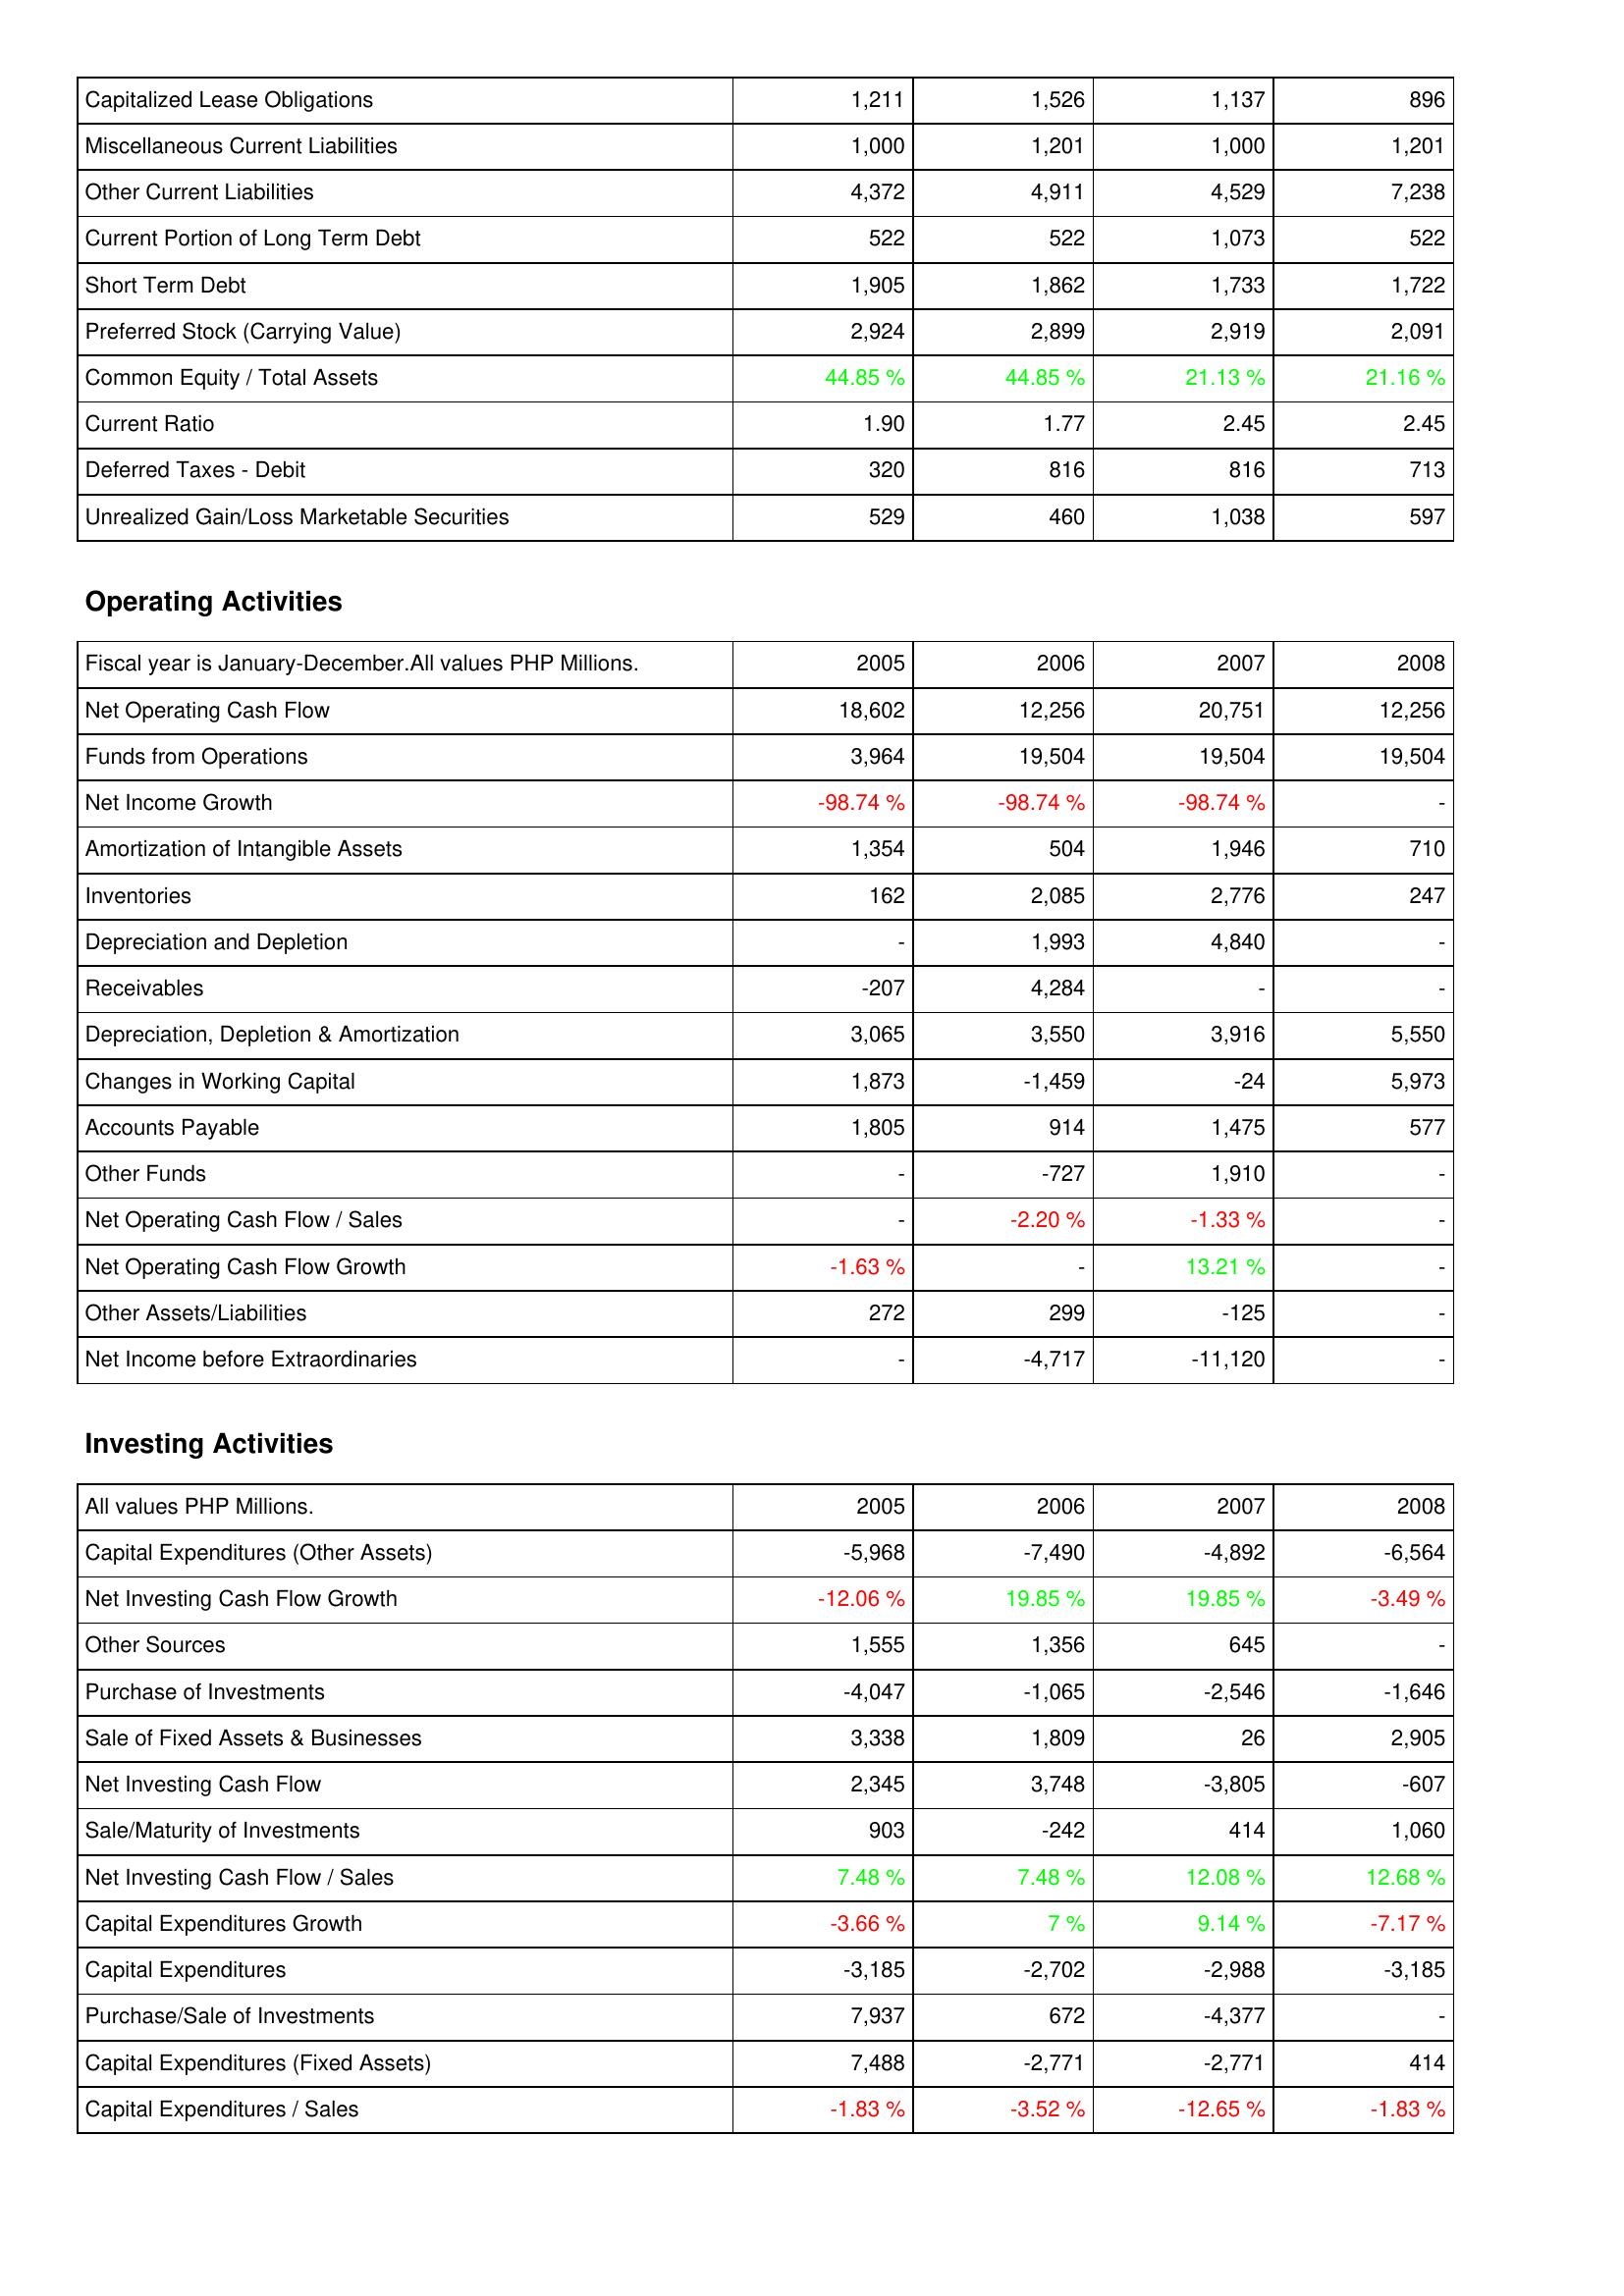
2005: Liabilities & Shareholders' Equity: Capitalized Lease Obligations: 1,211
Miscellaneous Current Liabilities: 1,000
Other Current Liabilities: 4,372
Current Portion of Long Term Debt: 522
Short Term Debt: 1,905
Preferred Stock (Carrying Value): 2,924
Common Equity / Total Assets: 44.85 %
Current Ratio: 1.90
Deferred Taxes - Debit: 320
Unrealized Gain/Loss Marketable Securities: 529
Operating Activities: Net Operating Cash Flow: 18,602
Funds from Operations: 3,964
Net Income Growth: -98.74 %
Amortization of Intangible Assets: 1,354
Inventories: 162
Depreciation and Depletion: -
Receivables: -207
Depreciation, Depletion & Amortization: 3,065
Changes in Working Capital: 1,873
Accounts Payable: 1,805
Other Funds: -
Net Operating Cash Flow / Sales: -
Net Operating Cash Flow Growth: -1.63 %
Other Assets/Liabilities: 272
Net Income before Extraordinaries: -
Investing Activities: Capital Expenditures (Other Assets): -5,968
Net Investing Cash Flow Growth: -12.06 %
Other Sources: 1,555
Purchase of Investments: -4,047
Sale of Fixed Assets & Businesses: 3,338
Net Investing Cash Flow: 2,345
Sale/Maturity of Investments: 903
Net Investing Cash Flow / Sales: 7.48 %
Capital Expenditures Growth: -3.66 %
Capital Expenditures: -3,185
Purchase/Sale of Investments: 7,937
Capital Expenditures (Fixed Assets): 7,488
Capital Expenditures / Sales: -1.83 %
2006: Liabilities & Shareholders' Equity: Capitalized Lease Obligations: 1,526
Miscellaneous Current Liabilities: 1,201
Other Current Liabilities: 4,911
Current Portion of Long Term Debt: 522
Short Term Debt: 1,862
Preferred Stock (Carrying Value): 2,899
Common Equity / Total Assets: 44.85 %
Current Ratio: 1.77
Deferred Taxes - Debit: 816
Unrealized Gain/Loss Marketable Securities: 460
Operating Activities: Net Operating Cash Flow: 12,256
Funds from Operations: 19,504
Net Income Growth: -98.74 %
Amortization of Intangible Assets: 504
Inventories: 2,085
Depreciation and Depletion: 1,993
Receivables: 4,284
Depreciation, Depletion & Amortization: 3,550
Changes in Working Capital: -1,459
Accounts Payable: 914
Other Funds: -727
Net Operating Cash Flow / Sales: -2.20 %
Net Operating Cash Flow Growth: -
Other Assets/Liabilities: 299
Net Income before Extraordinaries: -4,717
Investing Activities: Capital Expenditures (Other Assets): -7,490
Net Investing Cash Flow Growth: 19.85 %
Other Sources: 1,356
Purchase of Investments: -1,065
Sale of Fixed Assets & Businesses: 1,809
Net Investing Cash Flow: 3,748
Sale/Maturity of Investments: -242
Net Investing Cash Flow / Sales: 7.48 %
Capital Expenditures Growth: 7 %
Capital Expenditures: -2,702
Purchase/Sale of Investments: 672
Capital Expenditures (Fixed Assets): -2,771
Capital Expenditures / Sales: -3.52 %
2007: Liabilities & Shareholders' Equity: Capitalized Lease Obligations: 1,137
Miscellaneous Current Liabilities: 1,000
Other Current Liabilities: 4,529
Current Portion of Long Term Debt: 1,073
Short Term Debt: 1,733
Preferred Stock (Carrying Value): 2,919
Common Equity / Total Assets: 21.13 %
Current Ratio: 2.45
Deferred Taxes - Debit: 816
Unrealized Gain/Loss Marketable Securities: 1,038
Operating Activities: Net Operating Cash Flow: 20,751
Funds from Operations: 19,504
Net Income Growth: -98.74 %
Amortization of Intangible Assets: 1,946
Inventories: 2,776
Depreciation and Depletion: 4,840
Receivables: -
Depreciation, Depletion & Amortization: 3,916
Changes in Working Capital: -24
Accounts Payable: 1,475
Other Funds: 1,910
Net Operating Cash Flow / Sales: -1.33 %
Net Operating Cash Flow Growth: 13.21 %
Other Assets/Liabilities: -125
Net Income before Extraordinaries: -11,120
Investing Activities: Capital Expenditures (Other Assets): -4,892
Net Investing Cash Flow Growth: 19.85 %
Other Sources: 645
Purchase of Investments: -2,546
Sale of Fixed Assets & Businesses: 26
Net Investing Cash Flow: -3,805
Sale/Maturity of Investments: 414
Net Investing Cash Flow / Sales: 12.08 %
Capital Expenditures Growth: 9.14 %
Capital Expenditures: -2,988
Purchase/Sale of Investments: -4,377
Capital Expenditures (Fixed Assets): -2,771
Capital Expenditures / Sales: -12.65 %
2008: Liabilities & Shareholders' Equity: Capitalized Lease Obligations: 896
Miscellaneous Current Liabilities: 1,201
Other Current Liabilities: 7,238
Current Portion of Long Term Debt: 522
Short Term Debt: 1,722
Preferred Stock (Carrying Value): 2,091
Common Equity / Total Assets: 21.16 %
Current Ratio: 2.45
Deferred Taxes - Debit: 713
Unrealized Gain/Loss Marketable Securities: 597
Operating Activities: Net Operating Cash Flow: 12,256
Funds from Operations: 19,504
Net Income Growth: -
Amortization of Intangible Assets: 710
Inventories: 247
Depreciation and Depletion: -
Receivables: -
Depreciation, Depletion & Amortization: 5,550
Changes in Working Capital: 5,973
Accounts Payable: 577
Other Funds: -
Net Operating Cash Flow / Sales: -
Net Operating Cash Flow Growth: -
Other Assets/Liabilities: -
Net Income before Extraordinaries: -
Investing Activities: Capital Expenditures (Other Assets): -6,564
Net Investing Cash Flow Growth: -3.49 %
Other Sources: -
Purchase of Investments: -1,646
Sale of Fixed Assets & Businesses: 2,905
Net Investing Cash Flow: -607
Sale/Maturity of Investments: 1,060
Net Investing Cash Flow / Sales: 12.68 %
Capital Expenditures Growth: -7.17 %
Capital Expenditures: -3,185
Purchase/Sale of Investments: -
Capital Expenditures (Fixed Assets): 414
Capital Expenditures / Sales: -1.83 %